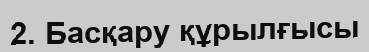
2. Басқару құрылғысы